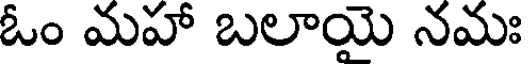
ఓం మహా బలాయై నమః